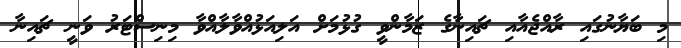
މި ބަޔާނުގައި ރާއްޖެއާއި ޗައިނާގެ ޒަމާންވީ ގުޅުމަށް އަލިއަޅުއްވާލާއްވާ މިނިސްޓަރު ވަނީ ޗައިނާ